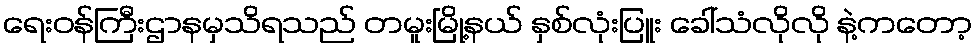
ရေးဝန်ကြီးဌာနမှသိရသည် တမူးမြို့နယ် နှစ်လုံးပြူး ခေါ်သံလိုလို နဲ့ကတော့